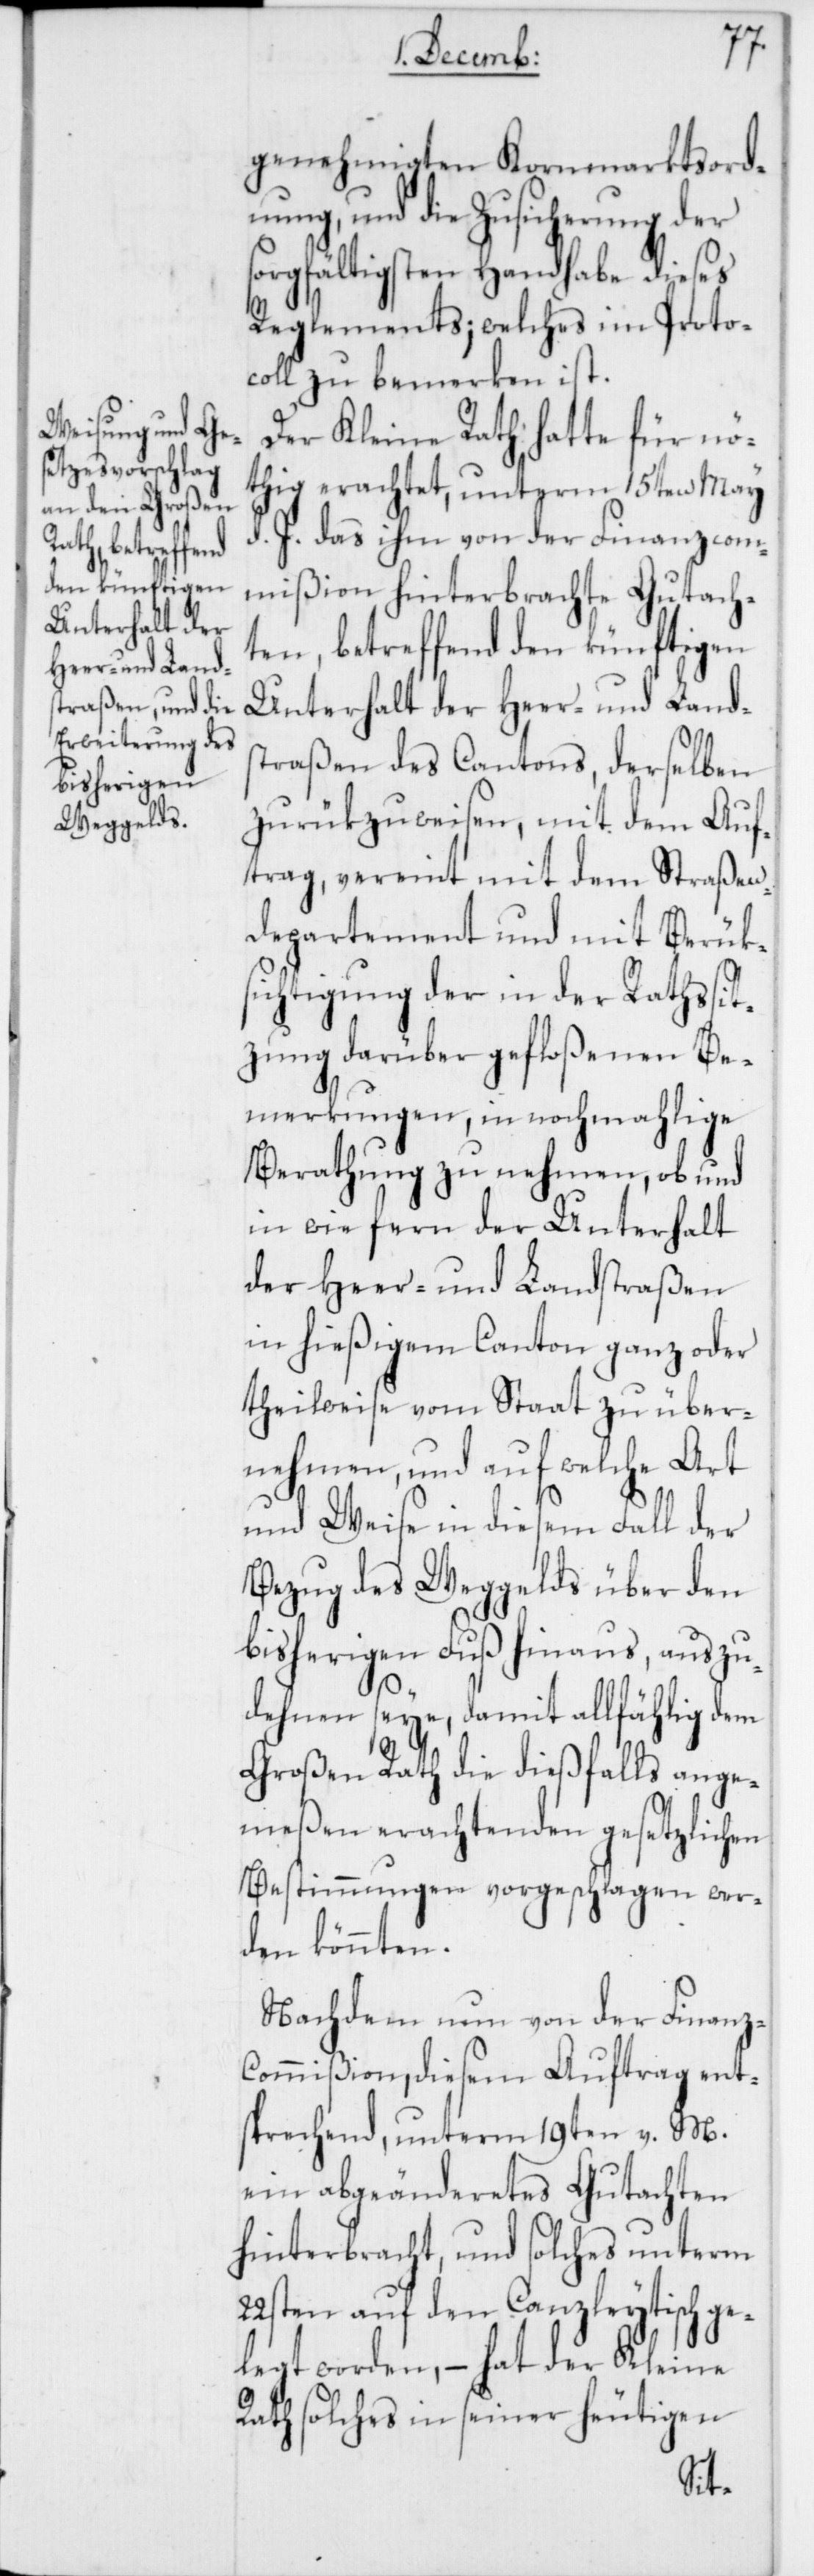
genehmigten Kornmarktsordn¬
ung, und die Zusicherung der
sorgfältigsten Handhabe dieses
Reglements; welches im Proto¬
coll zu bemerken ist.
Der Kleine Rath hatte für nö¬
thig erachtet, unterm 15ten May
d. J. das ihm von der Finanzcom¬
mißion hinterbrachte Gutach¬
ten, betreffend den künftigen
Unterhalt der Heer- und Lands¬
traßen des Cantons, derselben
zurükzuweisen, mit dem Auf¬
trag, vereint mit dem Straßen¬
departement und mit Berück¬
sichtigung der in der Rathssit¬
zung darüber gefloßenen Be¬
merkungen, in nochmahlige
Berathung zu nehmen, ob und
in wie fern der Unterhalt
der Heer- und Landstraßen
in hießigem Canton ganz oder
theilweise vom Staat zu über¬
nehmen, und auf welche Art
und Weise in diesem Fall der
Bezug des Weggelds über den
bisherigen Fuß hinaus, auszu¬
dehnen seye, damit allfählig dem
Großen Rath die dießfalls ange¬
meßen erachtenden gesetzlichen
Bestimmungen vorgeschlagen wer¬
den könnten.
Nachdem nun von der Finanz¬
commißion, diesem Auftrag ent¬
sprechend, unterm 19ten v. M.
ein abgeänderetes Gutachten
hinterbracht, und solches unterm
22sten auf den Canzleytisch ge¬
legt worden, – hat der Kleine
Rath solches in seiner heutigen